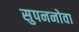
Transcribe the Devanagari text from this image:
सुपननोवा